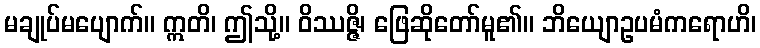
မချုပ်မပျောက်။ ဣတိ၊ ဤသို့။ ဝိဿဇ္ဇိ၊ ဖြေဆိုတော်မူ၏။ ဘိယျောဥပမံကရောဟိ၊